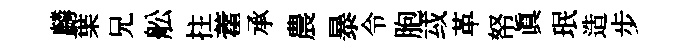
麟葉兄舩拄藿承農暴令胞㦯革帑眞珉造步